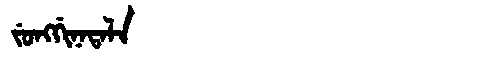
Manchu: ᠵᡠᠩᡤᡳᠨᠠᡨᠠᠯᠠ
Romanization: JUNGGINATALA